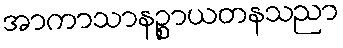
အာကာသာနဉ္စာယတနသညာ